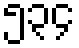
၅၃၄